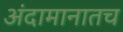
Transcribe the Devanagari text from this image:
अंदामानातच